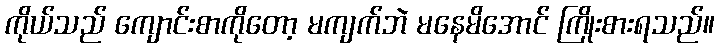
ကိုယ်သည် ကျောင်းစာကိုတော့ မကျက်ဘဲ မနေမိအောင် ကြိုးစားရသည်။